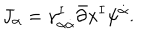
LaTeX: J _ { \alpha } = \gamma _ { \alpha \dot { \alpha } } ^ { I } \bar { \partial } x ^ { I } \psi ^ { \dot { \alpha } } .